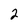
Character: 2